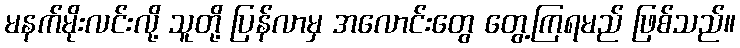
မနက်မိုးလင်းလို့ သူတို့ ပြန်လာမှ အလောင်းတွေ တွေ့ကြရမည် ဖြစ်သည်။